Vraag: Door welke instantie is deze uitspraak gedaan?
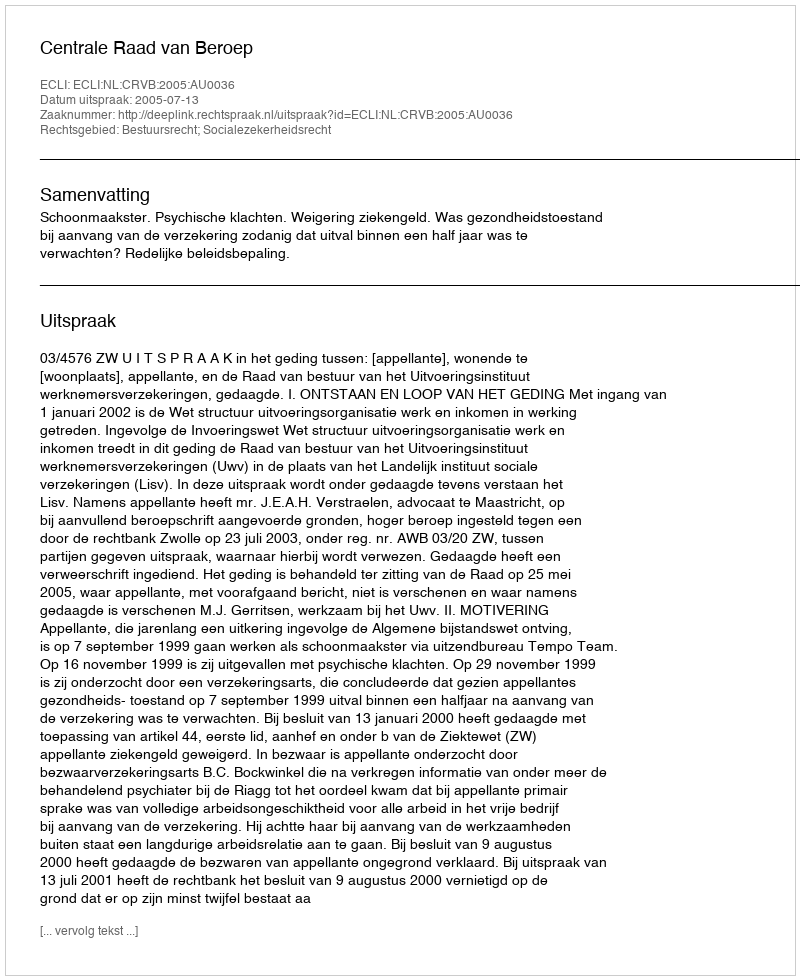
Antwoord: Centrale Raad van Beroep